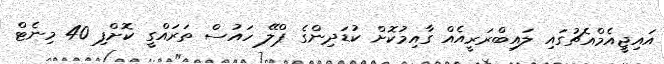
އައިޖީއެމްއެޗުގައި ލައިބްރަރީއެއް ގާއިމުކޮށް ކުޑަދިންގެ ޕްލޭ ހައުސް ތަރައްގީ ކޮށްފި 40 މިނެޓް